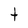
Character: t